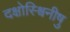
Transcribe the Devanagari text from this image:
दक्षोस्श्विनीषु